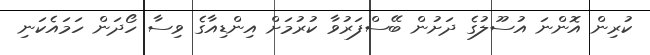
ކުރިން އޮންނަ އުސޫލުގެ ދަށުން ބޭސްފަރުވާ ކުރުމަށް އިންޑިއާގެ ވިސާ ހޯދަން ހަމައެކަނި